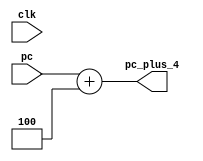
`timescale 1ns / 1ps
//////////////////////////////////////////////////////////////////////////////////
// Company: 
// Engineer: 
// 
// Design Name: 
// Module Name: pcadd_4
// Project Name: 
// Target Devices: 
// Tool Versions: 
// Description: 
// 
// Dependencies: 
// 
// Revision:
// Revision 0.01 - File Created
// Additional Comments:
// 
//////////////////////////////////////////////////////////////////////////////////

module pcadd_4 (        //PC+4
    input [31:0] pc,
    input clk,
    output reg [31:0] pc_plus_4
);

    always @ (clk) begin
        pc_plus_4 <= pc + 4;
    end

endmodule